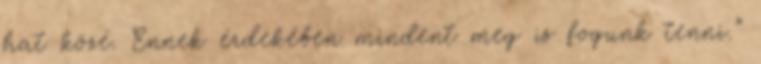
hat közé. Ennek érdekében mindent meg is fogunk tenni.”